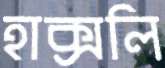
হাক্সলি